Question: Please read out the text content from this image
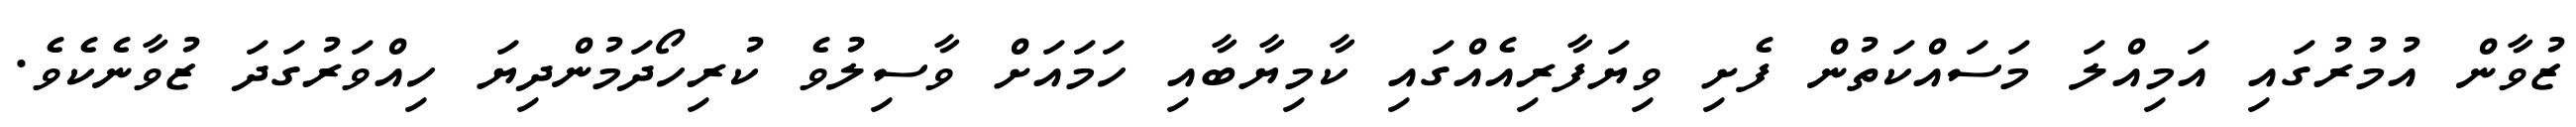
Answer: ޒުވާން އުމުރުގައި އަމިއްލަ މަސައްކަތުން ފެށި ވިޔަފާރިއެއްގައި ކާމިޔާބާއި ހަމައަށް ވާސިލުވެ ކުރިހޯދަމުންދިޔަ ހިއްވަރުގަދަ ޒުވާނެކެވެ.